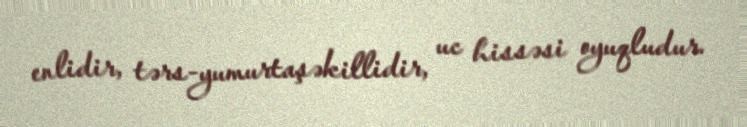
enlidir, tərs-yumurtaşəkillidir, uc hissəsi oyuqludur.